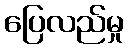
ပြေလည်မှု